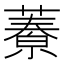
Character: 𦾁